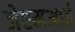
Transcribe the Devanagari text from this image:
जेएमआई